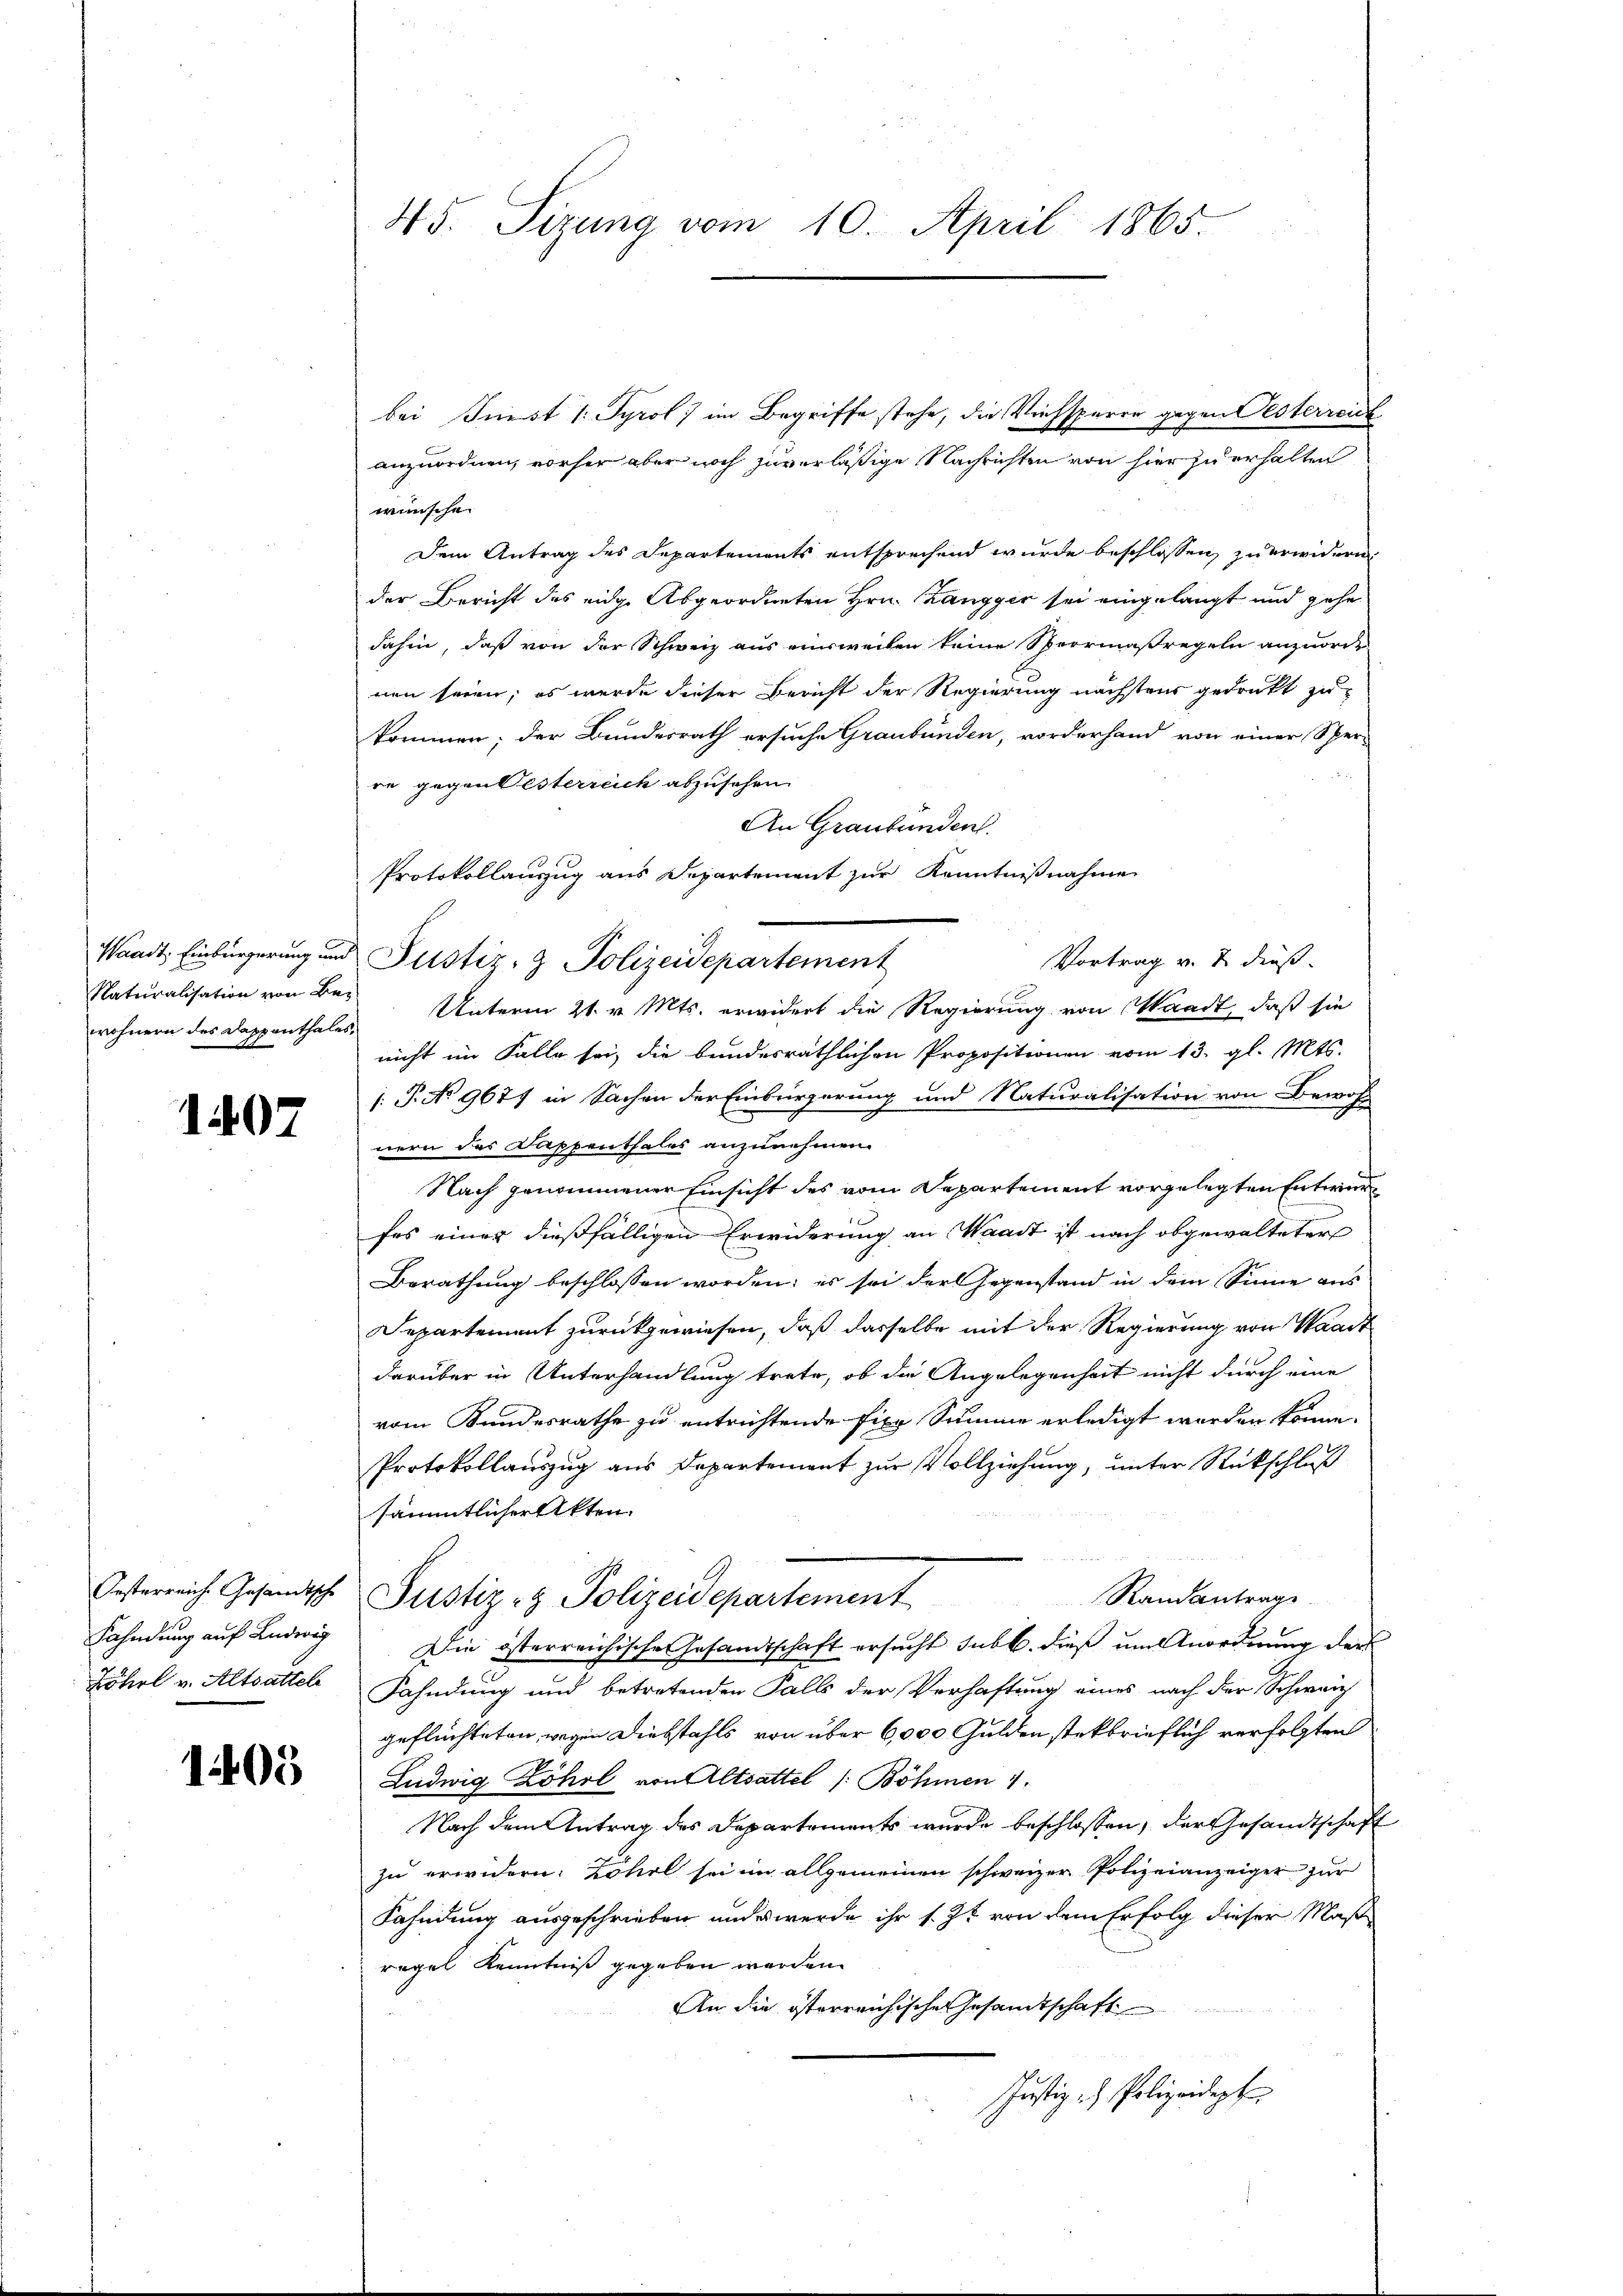
wohnern des Dappenthales,

1407

Oesterreiche Gesandtische
Fahndung auf Ludwig
Zöhrl v. Altsattel

1405

45. Sitzung vom 10. April 1865.

bei Just 1. Tyrol ) im Begriffe stehe, die Viehsperre gegen Oesterreich
anzuordnen, vorher aber noch zuverläßige Nachrichten von hier zu erhalten
wünschen
Dem Antrag des Departements entsprechend wurde beschlossen, zu erwidern
der Bericht des eidge Abgeordneten Hrn. Zangger sei eingelangt und gehe
dahin, daß von der Schweiz aus einsweilen keine Sperrmaßregeln anzuorde
nen seien; es wurde dieser Bericht der Regierung nächstens gedruckt zu
kommen; der Bundesrath ersuche Graubünden, vorderhand von einer Sper-
re gegen besterreich abzusehen.
An Graubünden.
Protokollauszug aus Departement zur Kenntnißnahme
Waadt, Einbürgerung und Justiz- & Polizeidepartement
Vortrag v. u. dieß.
Naturalisation von Bey Unterm 21. v. Mts. erwidert die Regierung von Waadt, daß sie
nicht im Falle sei, die bundesräthlichen Propositionen vom 13. gl. Mts.
.P. No 9677 in Sachen der Einbürgerung und Naturalisation von Bewohn
nern des Dappenthales anzunehmen.
Nach genommener Einsicht des vom Departement vorgelegten Entwurfes einer dießfälligen Erwiderung an Waadt ist nach obgewalteter
Berathung beschlossen worden; es sei der Gegenstand in dem Sinne aus
Departement zurückgewiesen, daß dasselbe mit der Regierung von Waadt
darüber in Unterhandlung trete, ob die Angelegenheit nicht durch eine
vom Kundesrathe zu entrichtende fixe Summe erledigt worden könne.
Protokollauszug aus Departement zur Vollziehung, unter Rückschluß
sämmtlicher Akten.
Randantrage
Justiz- & Polizeidepartement
Die österreichische Gesamtschaft ersucht sub b. dieß um Anordnung der
Fahndung und betretenden Falls der Verhaftung eines nach der Schweiz
geflüchteten, wegen Diebstahls von über 6,000 Gulden stekbrieflich verfolgten
Ludwig Zöhrl von Altsattel (: Böhmen 1
Nach dem Antrag des Departements wurde beschlossen, der Gesandtschaft
zu erwidern. Zöhre sei im allgemeinen schweizer Polizeianzeiger zur
Fahndung ausgeschrieben ander werde ihr s. Zt. von dem Erfolg dieser Maß
regel Kenntniß gegeben werden.
An die österreichische Gesandtschaft
Justiz - Polizeidept